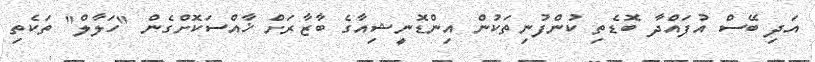
އަދި ބޭސް އުފައްދާ ބޮޑެތި ކުންފުނިތަކުން އިންޑޮނީޝިއާގެ ބާޒާރަށް ޚާއްސަކޮށްގެން "ހަލާލް" ތަކެތި